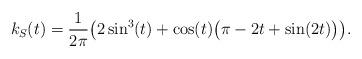
LaTeX: \begin{align*}k_S(t)=\frac{1}{2\pi}\bigl(2\sin^3(t)+\cos(t)\bigl(\pi-2t+\sin(2t)\bigr)\bigr). \end{align*}